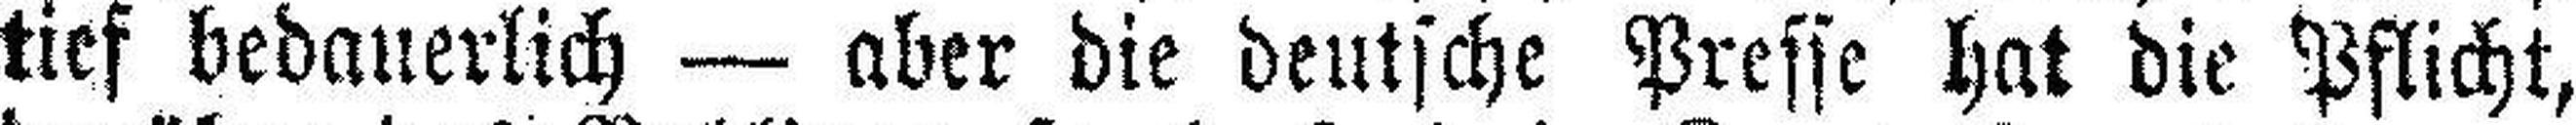
tief bedauerlich — aber die deutsche Presse hat die Pflicht,